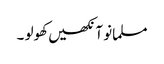
مسلمانو آنکھیں کھولو ۔